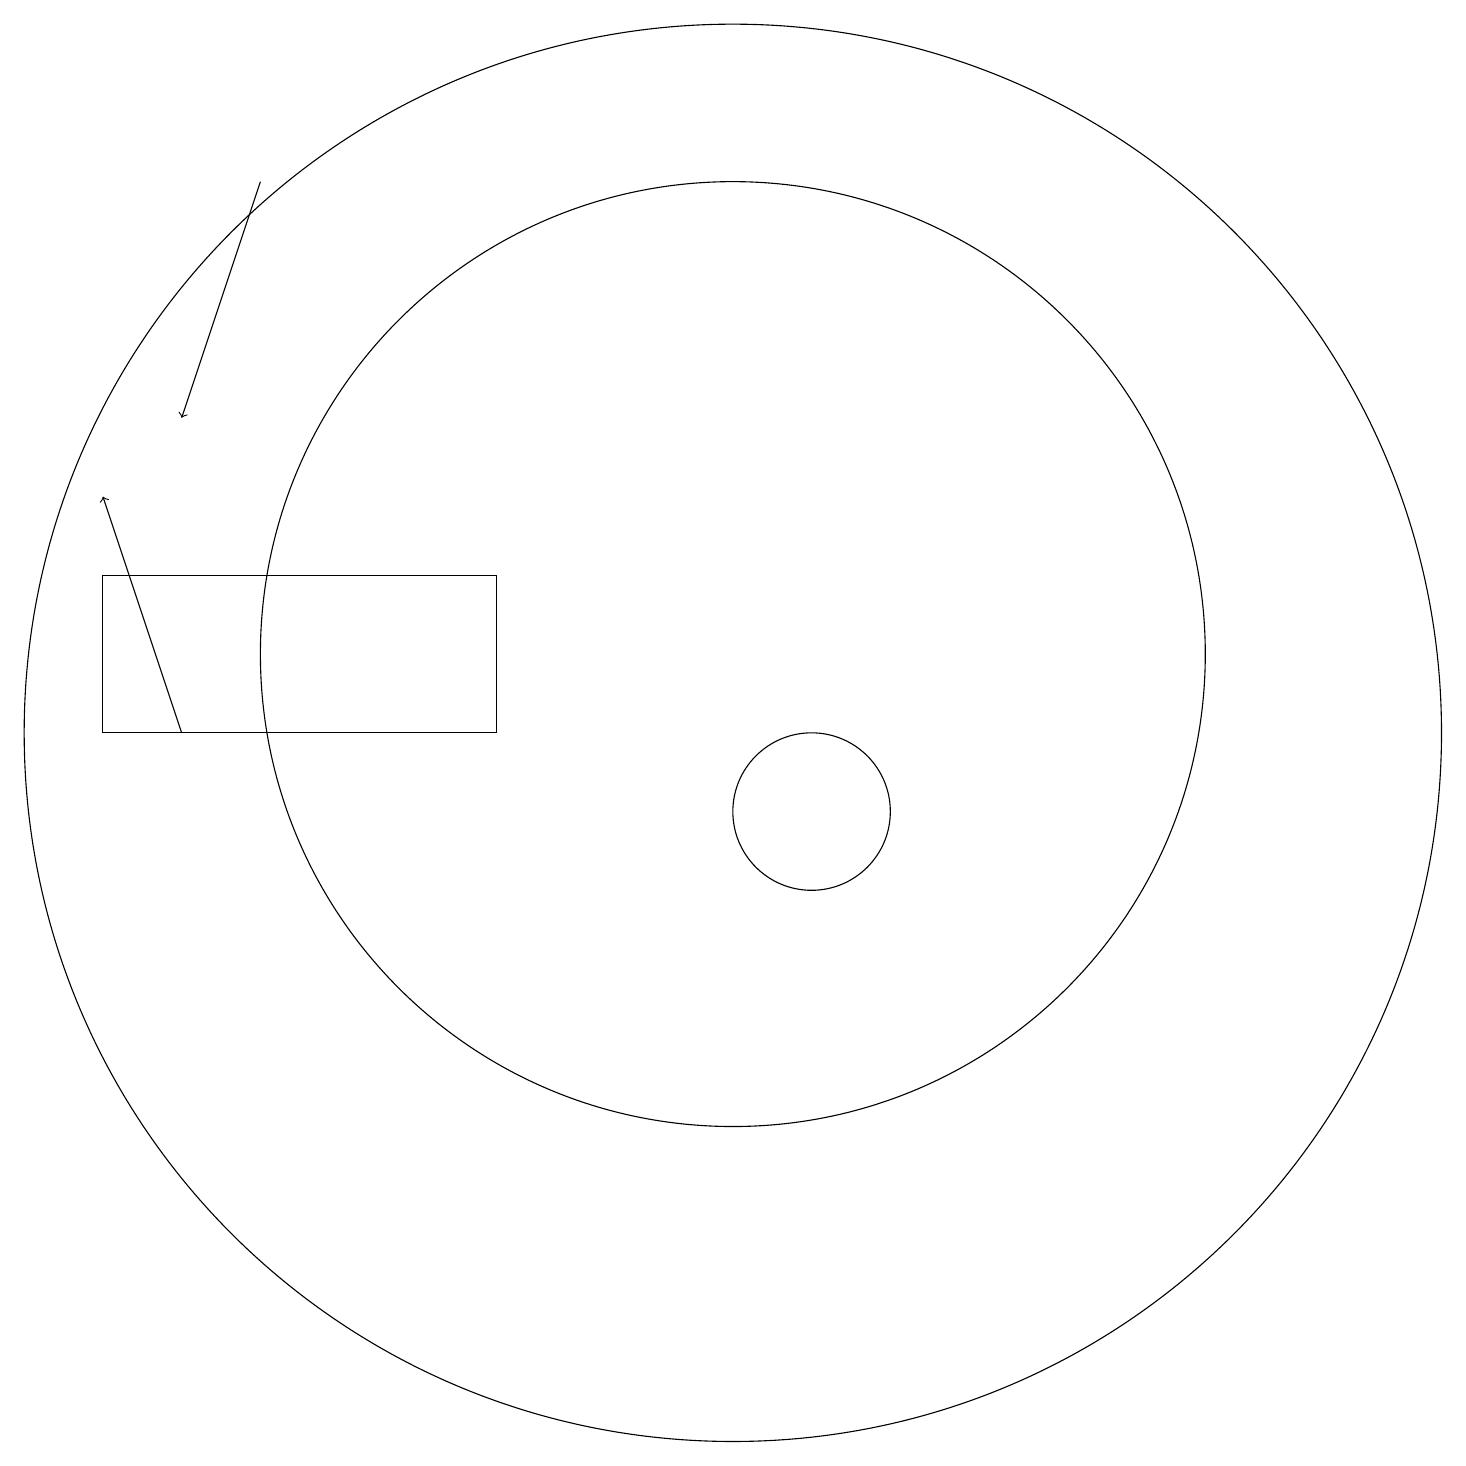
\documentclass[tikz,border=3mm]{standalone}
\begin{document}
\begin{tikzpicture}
\draw (11,12) circle (6);
\draw[->] (5,18) -- (4,15);
\draw (8,13) rectangle (3,11);
\draw[->] (4,11) -- (3,14);
\draw (11,11) circle (9);
\draw (12,10) circle (1);
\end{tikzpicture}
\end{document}